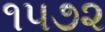
૧૫૭૨